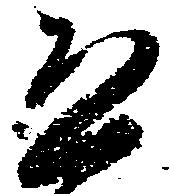
恐